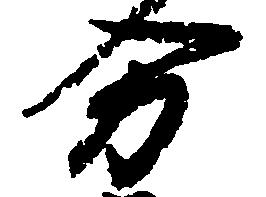
分